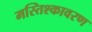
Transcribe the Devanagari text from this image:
मस्तिश्कावरण